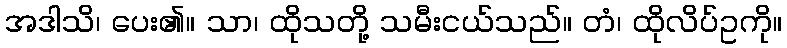
အဒါသိ၊ ပေး၏။ သာ၊ ထိုသတို့ သမီးငယ်သည်။ တံ၊ ထိုလိပ်ဥကို။